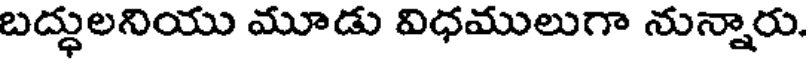
బద్ధులనియు మూడు విధములుగా నున్నారు.